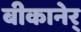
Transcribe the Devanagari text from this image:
बीकानेर्